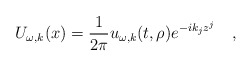
\begin{align*}U_{\omega,k}(x)={1 \over 2\pi} u_{\omega,k}(t,\rho)e^{-ik_jz^j} ~~~,\end{align*}